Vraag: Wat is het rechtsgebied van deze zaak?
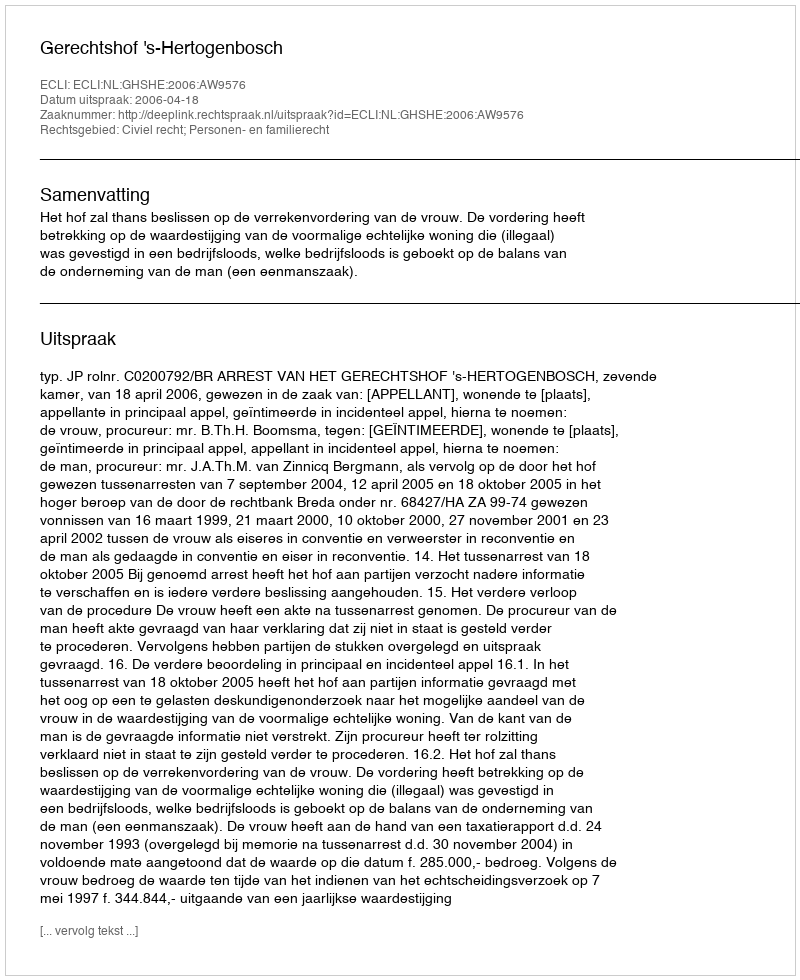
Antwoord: Civiel recht; Personen- en familierecht